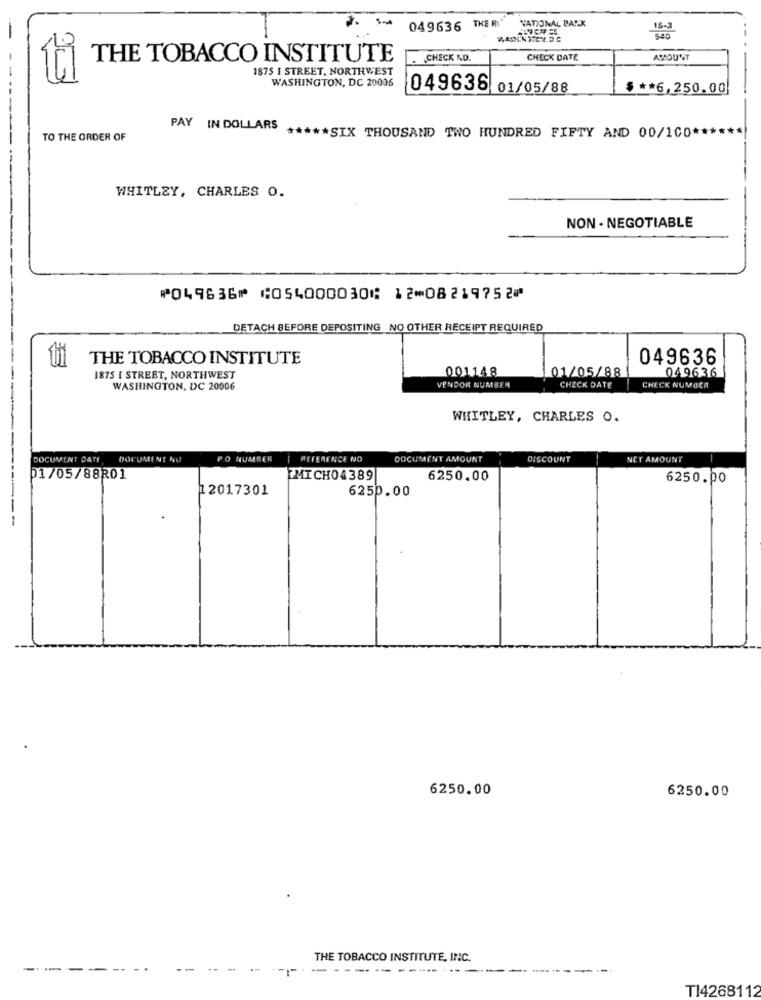
NATIONAL PARK
049636 THE RI"
WASKINSTE'L, DC
THE TOBACCO INSTITUTE
CHECK NO.
CHECK DATE
ACCOUNT
1875 I STREET, NORTHWEST
WASHINGTON, DC 20006
049636 01/05/88
$ ** 6,250.00
PAY IN DOLLARS
TO THE ORDER OF
***** SIX THOUSAND TWO HUNDRED FIFTY AND 00/1CO ******
---
WHITLEY, CHARLES O.
NON- NEGOTIABLE
⑈049636⑈ ⑆054000030⑆ 12⑉08219752⑈
DETACH BEFORE DEPOSITING NO OTHER RECEIPT REQUIRED
THE TOBACCO INSTITUTE
049636
001148
01/05/88
049636
1875 [ STREET, NORTHWEST
WASHINGTON, DC 20006
VENDOR NUMBER
CHECK DATE
CHECK NUMBER
WHITLEY, CHARLES O.
DOCUMENT DATE
DOCUMENT NO
PO NUMBER
REFERENCE NO
DOCUMENT AMOUNT
DISCOUNT
NET AMOUNT
01/05/88201
MICH04389
6250.00
6250.00
12017301
6250.00
--------
6250.00
6250.00
THE TOBACCO INSTITUTE, INC.
----
..
---
-1-
-----------------------
TI4268112